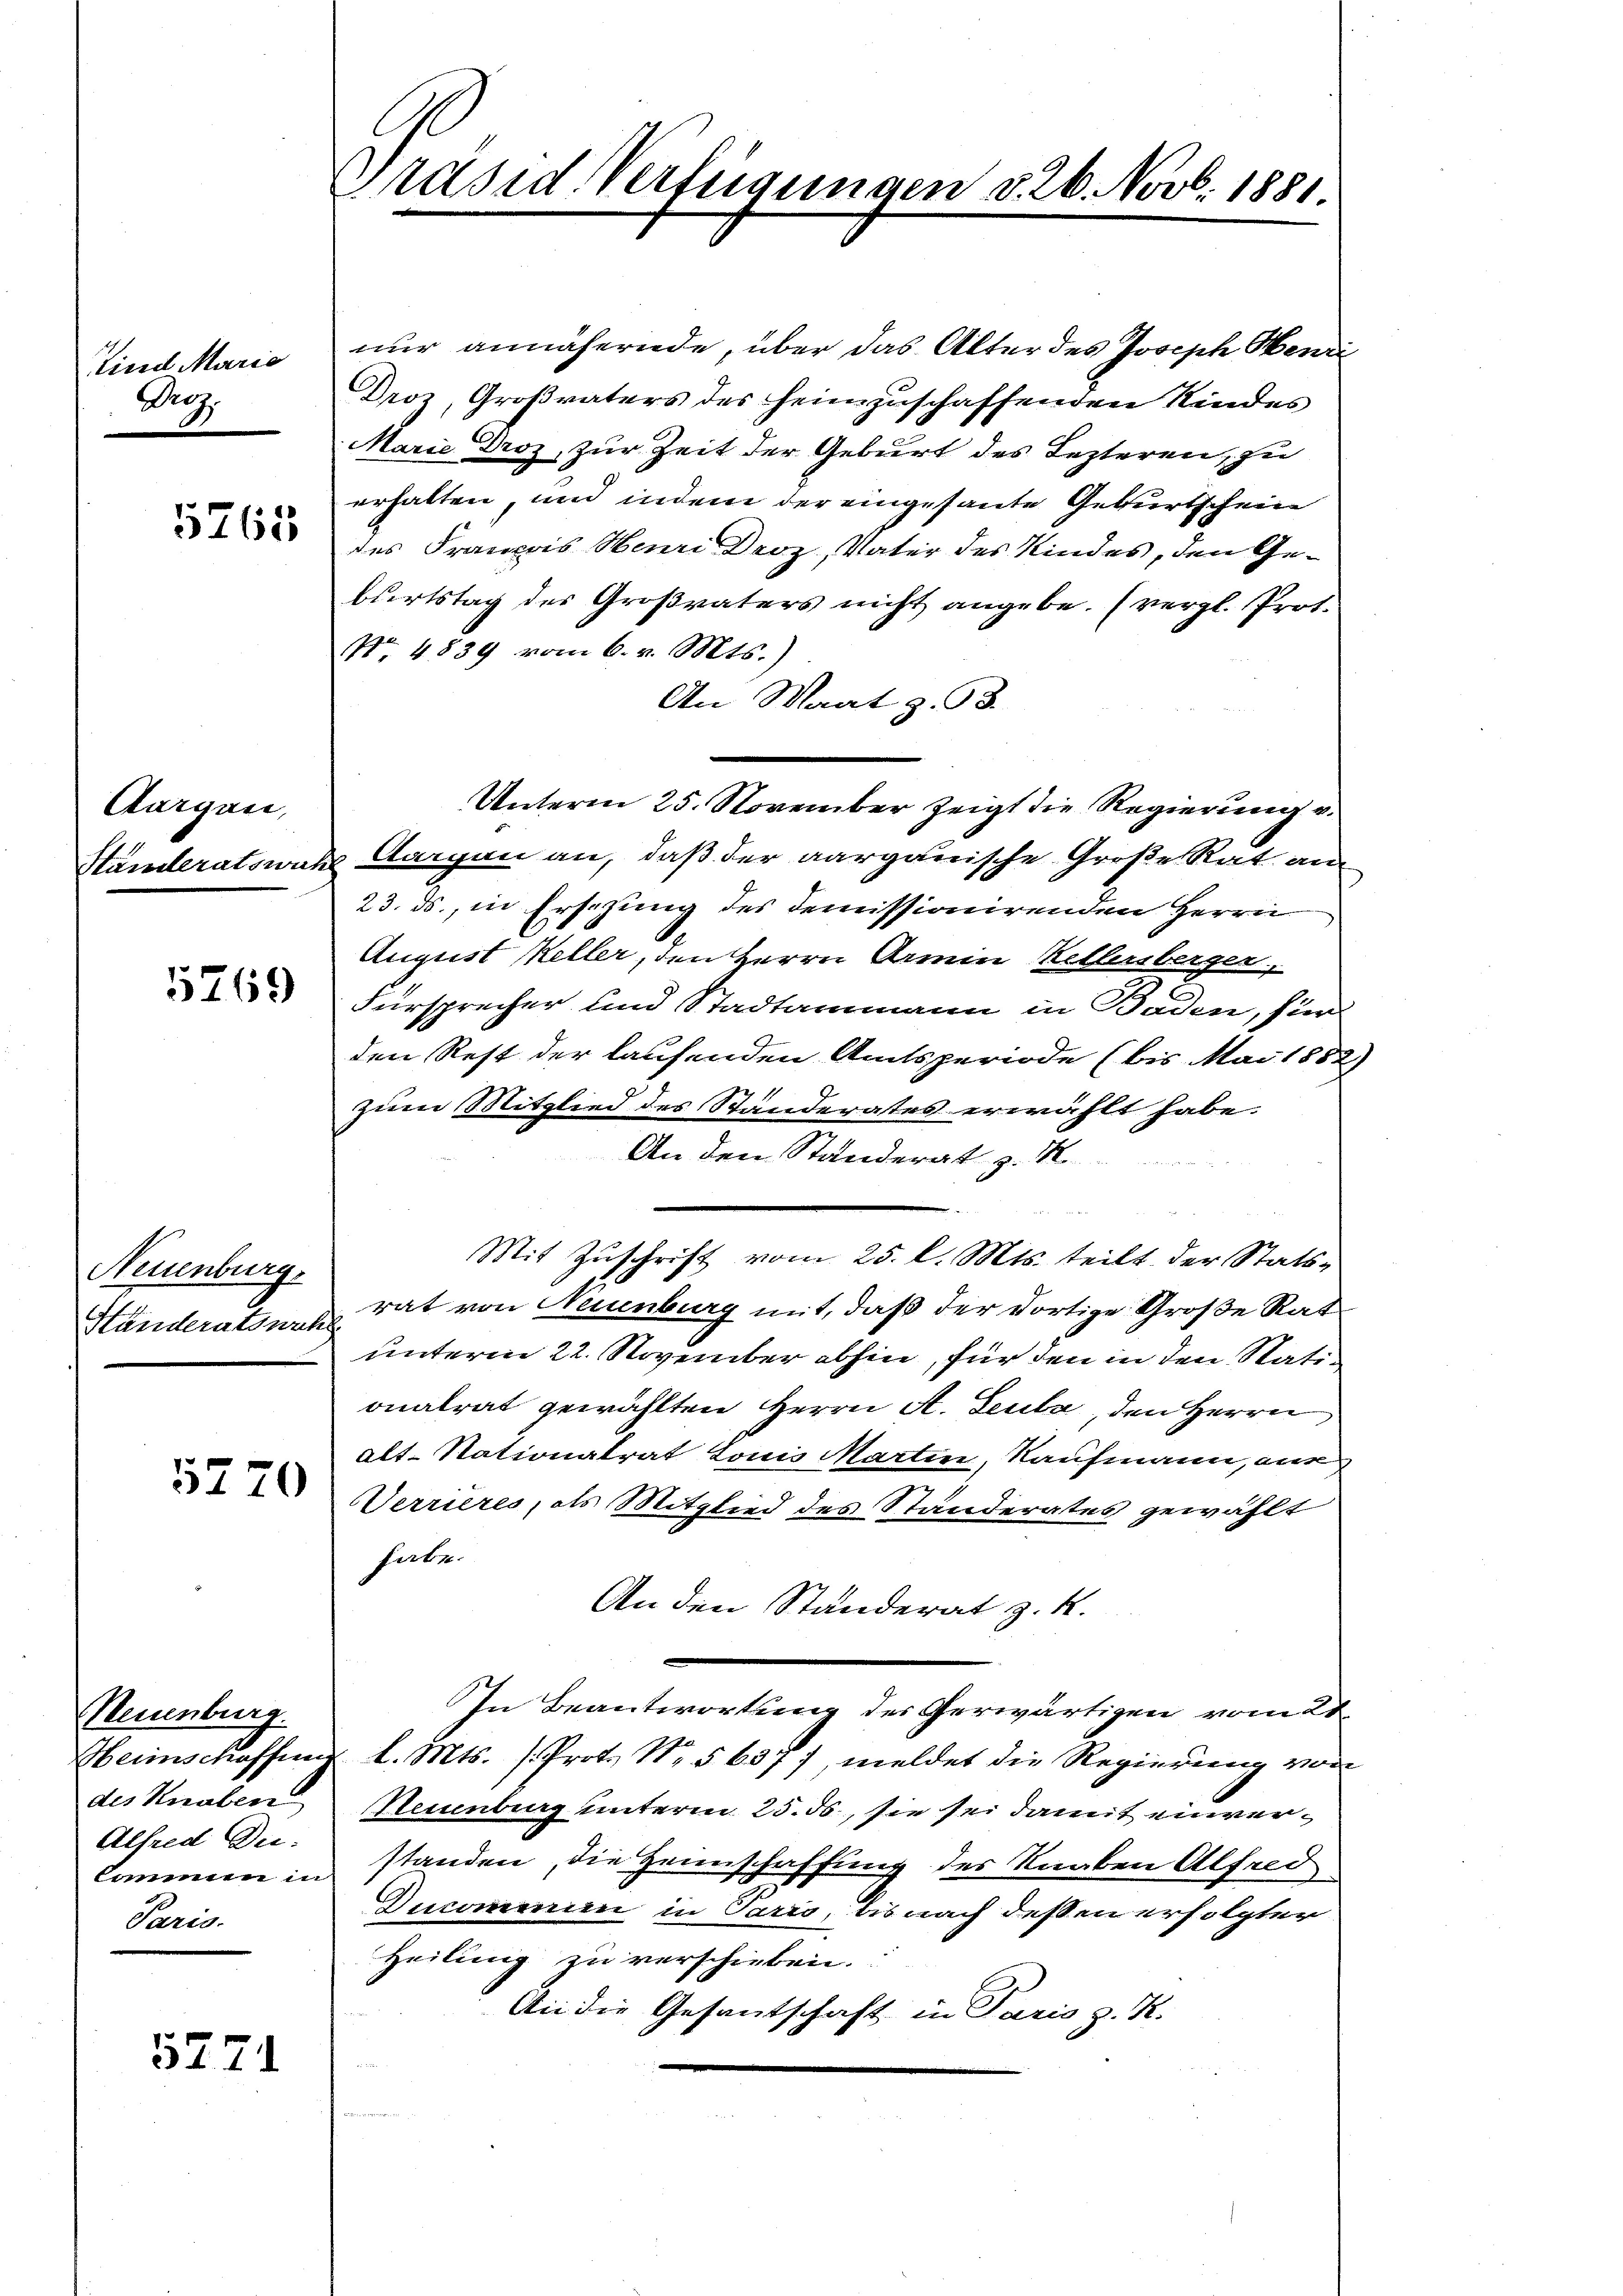
Kind Maria
Droz.

5765

Aargau,

5769

Neuenburg.
Händeratswah

5270

Neuenburg.
Alfred Du.
Paris.

5271

Präsid Verfügungen d. 26. Novb. 1881.

nur annähernde, über das Alter des Joseph Henri
Droz, Großvaters des heimzuschaffenden Kindes
Marie Droz, zur Zeit der Geburt des Lezteren, zu
erhalten, und indem der eingesante Geburtschein
des Francois Henri Droz, Vater des Kindes, den Geburtstag der Großvaters nicht angebe. (vergl. Prot.
No. 4839 vom 6. v. Mts.)
An Maatz. 98.
Unterm 25. November zeigt die Regierung v.
Htämteratswat Sorgen an, daß der aargauische Große Rat an
23. ds., in Erschung des demissionirenden Herrn
August Keller, den Herrn Armin Kellenberger,
Fürsprecher und Stadtammann in Baden, für
den Rest der laufenden Amtsperiode (bis Mai 1882)
zum Mitglied des Standerates erwählt habe.
An den Ständerat z. R.
Mit Zuschrift vom 25. l. Mts. teilt der Statsrat von Neuenburg mit, daß der dortige Große Rat
unterm 22. November abhin, für den in den Stationalrat gewählten Herrn A. Leuta, den Herrn
alt-Stationalrat Louis Martin, Kaufmann, nur
Verrieres, als Mitglied des Ständerates gewählt
habe.
An den Ständerat z. K.
In Beantwortung des Gerwärtigen vom 28.
Heimschaffung l. Mts. (Proto No. 563 f. meldet die Regierung von
des Knaben Neuenburg unterm 25. ds, sie sei damit einver¬
Cammen in standen, die Heimschaffung des Knaben Alfred
Ducommen in Pario, bis nach deßen erfolgter
Heilung zu verschieben.
An die Gesantschaft in Paris z. K.